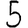
Digit: 5